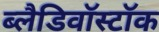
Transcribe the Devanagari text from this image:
ब्लैडिवॉस्टॉक